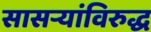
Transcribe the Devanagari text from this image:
सासऱ्यांविरुद्ध